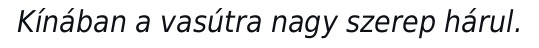
Kínában a vasútra nagy szerep hárul.